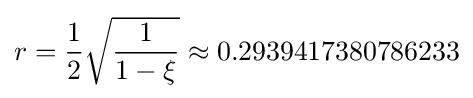
r={\frac {1}{2}}{\sqrt {\frac {1}{1-\xi }}}\approx 0.2939417380786233